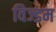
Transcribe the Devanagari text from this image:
विज्डम